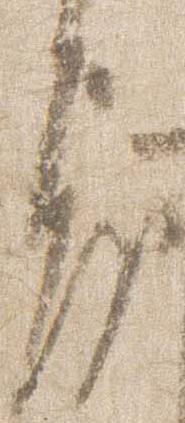
房